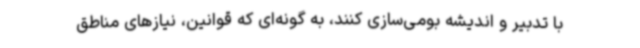
با تدبیر و اندیشه بومی‌سازی کنند، به گونه‌ای که قوانین، نیازهای مناطق